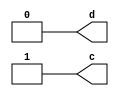
`timescale 1ns / 1ns

module always_ders(
output reg d,
output reg c
    );
reg clk=0;

reg a=0;
reg b=0;
reg e=0;


always begin
    #10 clk = ~clk;
end

// combinational logic ff kullanlmyor ve clock sinyali bulunmaz sadece logic gate lerden oluur.
always @(a,b,e) begin
    c= a & b;
    d= ~e;
end

//testbench (aslnda ayr bir source almal ama kolaylk olsun diye yazdm.)
initial begin
#100
a=1;
b=1;
e=1;
end

endmodule